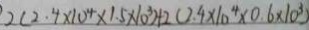
2 ( 2 . 4 \times 1 0 ^ { 4 } \times 1 . 5 \times 1 0 ^ { 3 } ) + 2 ( 2 . 4 \times 1 0 ^ { 4 } \times 0 . 6 \times 1 0 ^ { 3 } )